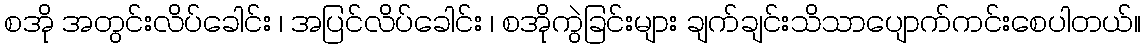
စအို အတွင်းလိပ်ခေါင်း ၊ အပြင်လိပ်ခေါင်း ၊ စအိုကွဲခြင်းများ ချက်ချင်းသိသာပျောက်ကင်းစေပါတယ်။